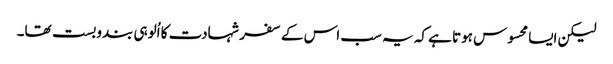
لیکن ایسا محسوس ہوتا ہے کہ یہ سب اس کے سفر شہادت کا اُلوہی بندوبست تھا۔